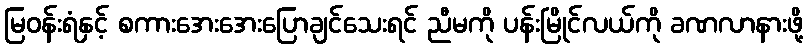
မြဝန်းရံနှင့် စကားအေးအေးပြောချင်သေးရင် ညီမကို ပန်းမြိုင်လယ်ကို ခဏလာနားဖို့